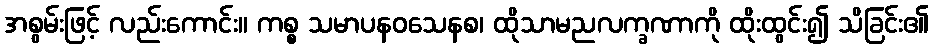
အစွမ်းဖြင့် လည်းကောင်း။ ကစ္စ သမာပနဝသေနစ၊ ထိုသာမညလက္ခဏာကို ထိုးထွင်း၍ သိခြင်း၏